Sanitation, dispensaries and jails vaccination Rajputana 1922-1927 - 1922-1927
Year: 1922
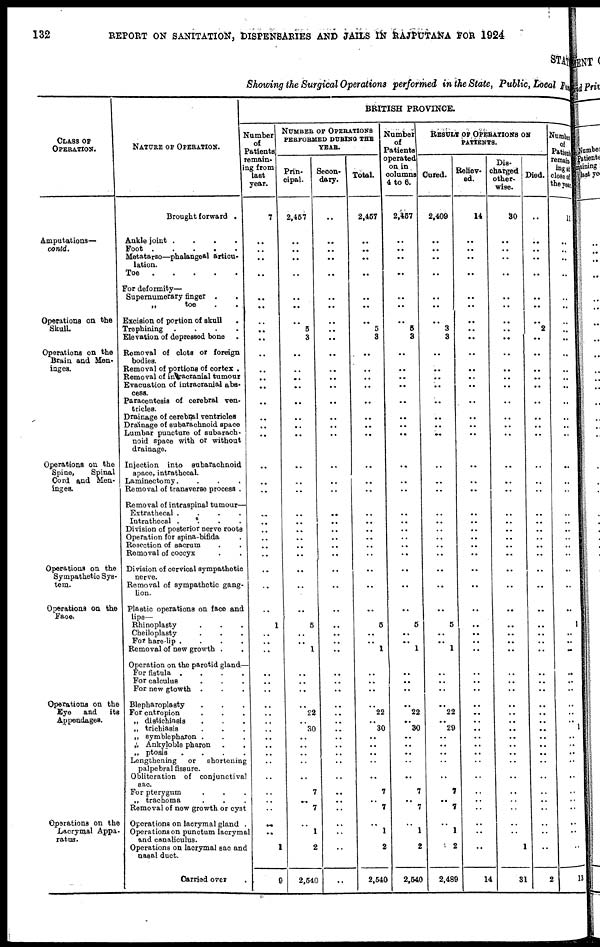
132
REPORT ON SANITATION, DISPENSARIES AND JAILS IN RAJPUTANA FOR 1924
STATE
Showing the Surgical Operations performed in the State, Public, Local Fund
CLASS OF
OPERATION.
Amputations—
contd.
Operations on the
Skull
Operations on the
Brain and Men-
inges.
Operations on the
Spine,
Spinal
Cord and Men-
inges.
Operations on the
Sympathetic Sys-
tem.
Operations on the
Face.
Operations on the
Eye
and
its
Appendages.
Operations on the
Lacrymal Appa-
ratus.
NATURE OF OPERATION.
Brought forward .
Ankle joint
.
.
.
.
Foot
Metatarso—phalangeal articu-
lation.
Toe
For deformity—
Supernumerary finger ...
„
toe ...
Excision of portion of skull .
Trephining
.
.
.
.
Elevation of depressed bone .
Removal of clots or foreign
bodies.
Removal of portions of cortex .
Removal of in racranial tumour
Evacuation of intracranial abs-
cess.
Paracentesis of cerebral ven-
tricles.
Drainage of cerebnal ventricles
Drainage of subarachnoid space
Lumbar puncture of subarach-
noid space with or without
drainage.
Injection into subarachnoid
space, intrathecal.
Laminectomy....
Removal of transverse process .
Removal of intraspinal tumour—
Extrathecal
.
.
.
.
Intrathecal
....
Division of posterior nerve roots
Operation for spina-bifida .
Resection of sacrum ...
Removal of coccyx ..
Division of cervical sympathetic
nerve.
Removal of sympathetic gang-
lion.
Plastic operations on face and
lips—
Rhinoplasty ...
Cheiloplasty ....
For hare-lip
.
.
.
.
Removal of new growth .
Operation on the parotid gland-
For
fistula
.
.
.
.
For calculus ....
For new gtowth ....
Blepharoplasty ....
For entropion ....
„ distichinsis ....
„ trichiasis ...
„ symblepharon ....
„ Ankyloble pharon ..
„ ptosis
....
Lengthening
or shortening
palpebral fissure.
Obliteration of conjunctival
sac.
For pterygum ...
„ trachoma ....
Removal of new growth or cyst
Operations on lacrymal gland
Operations on punctum lacrymal
and canaliculus.
Operations on lacrymal sac and
nasal duct.
Carried over .
BRITISH PROVINCE.
Number
of
Patients
remain-
ing from
last
year.
7
..
..
..
..
..
..
..
..
..
..
..
..
..
..
..
..
..
..
..
..
..
..
..
..
..
..
..
..
..
1
..
..
..
..
..
..
..
..
..
..
..
..
..
..
..
..
..
..
..
..
1
9
NUMBER OF OPERATIONS
PERFORMED DURING THE
YEAR.
Prin-
cipal.
2,467
..
..
..
..
..
..
..
5
3
..
..
..
..
..
..
..
..
..
..
..
..
..
..
..
..
..
..
..
..
5
..
..
1
..
..
..
..
22
..
30
..
..
..
..
..
7
..
7
..
1
2
2,540
Secon-
dary.
..
..
..
..
..
..
..
..
..
..
..
..
..
..
..
..
..
..
..
..
..
..
..
..
..
..
..
..
..
..
..
..
..
..
..
..
..
..
..
..
..
..
..
..
..
..
..
..
..
..
..
..
..
Total.
2,457
..
..
..
..
..
..
..
5
3
..
..
..
..
..
..
..
..
..
..
..
..
..
..
..
..
..
..
..
..
5
..
..
1
..
..
..
..
22
..
30
..
..
..
..
..
7
..
7
..
1
2
2,540
Number
of
Patients
operated
on in.
columns
4 to 6.
2,457
..
..
..
..
..
..
..
5
3
..
..
..
..
..
..
..
..
..
..
..
..
..
..
..
..
..
..
..
..
5
..
..
1
..
..
..
..
22
..
30
..
..
..
..
..
7
..
7
..
1
2
2,540
RESULT OF OPERATIONS ON
PATIENTS.
Cured.
2,409
..
..
..
..
..
..
..
3
3
..
..
..
..
..
..
..
..
..
..
..
..
..
..
..
..
..
..
..
..
5
..
..
1
..
..
..
..
22
..
29
..
..
..
..
..
7
..
7
..
1
2
2,489
Reliev-
ed.
14
..
..
..
..
..
..
..
..
..
..
..
..
..
..
..
..
..
..
..
..
..
..
..
..
..
..
..
..
..
..
..
..
..
..
..
..
..
..
..
..
..
..
..
..
..
..
..
..
..
..
..
14
Dis-
charged
other-
wise.
80
..
..
..
..
..
..
..
..
..
..
..
..
..
..
..
..
..
..
..
..
..
..
..
..
..
..
..
..
..
..
..
..
..
..
..
..
..
..
..
..
..
..
..
..
..
..
..
..
..
..
1
31
Died.
..
..
..
..
..
..
..
..
2
..
..
..
..
..
..
..
..
..
..
..
..
..
..
..
..
..
..
..
..
..
..
..
..
..
..
..
..
..
..
..
..
..
..
..
..
..
..
..
..
..
..
..
2
Number
of
Patients
remain-
ing at
closed of
the year
11
..
..
..
..
..
..
..
..
..
..
..
..
..
..
..
..
..
..
..
..
..
..
..
..
..
..
..
..
..
1
..
..
..
..
..
. .
..
..
..
1
..
..
..
..
..
..
..
..
..
..
..
13